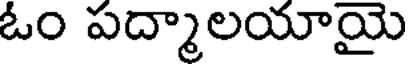
ఓం పద్మాలయాయై